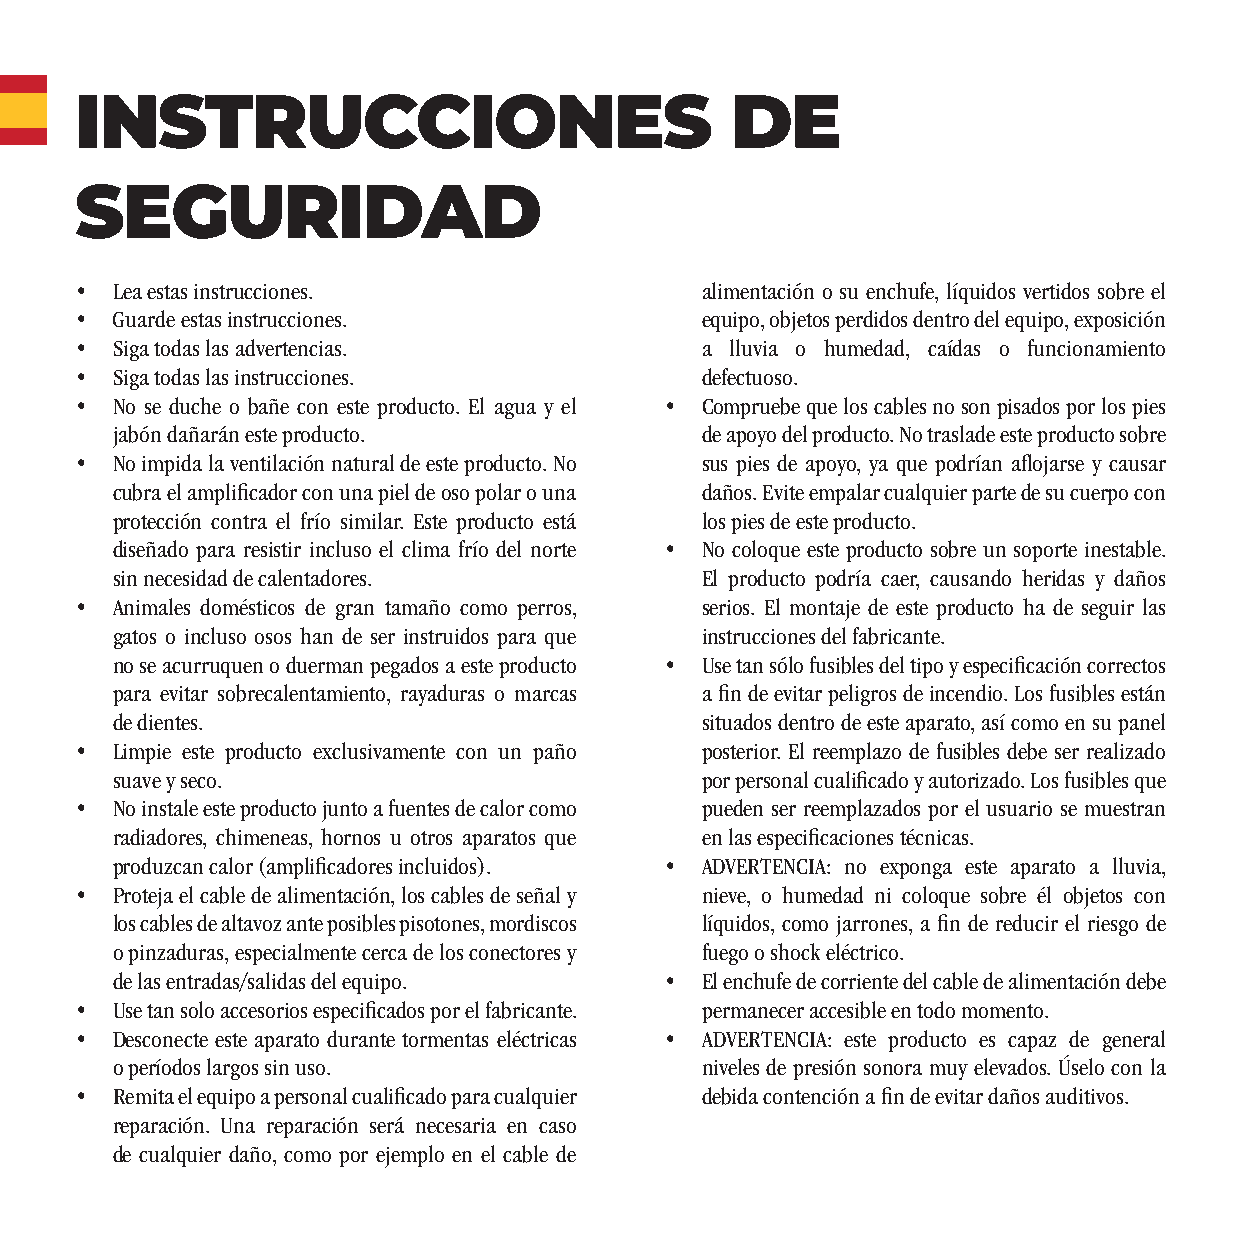
INSTRUCCIONES                              DE
 SEGURIDAD
 • Lea estas instrucciones.               alimentación o su enchufe, líquidos vertidos sobre el
 • Guarde estas instrucciones.            equipo, objetos perdidos dentro del equipo, exposición
 • Siga todas las advertencias.           a lluvia o humedad, caídas o funcionamiento
 • Siga todas las instrucciones.          defectuoso.
 • No se duche o bañe con este producto. El agua y el • Compruebe que los cables no son pisados por los pies
 jabón dañarán este producto.           de apoyo del producto. No traslade este producto sobre
 • No impida la ventilación natural de este producto. No sus pies de apoyo, ya que podrían afl ojarse y causar
 cubra el amplifi cador con una piel de oso polar o una daños. Evite empalar cualquier parte de su cuerpo con
 protección contra el frío similar. Este producto está los pies de este producto.
 diseñado para resistir incluso el clima frío del norte • No coloque este producto sobre un soporte inestable.
 sin necesidad de calentadores.         El producto podría caer, causando heridas y daños
 • Animales domésticos de gran tamaño como perros, serios. El montaje de este producto ha de seguir las
 gatos o incluso osos han de ser instruidos para que instrucciones del fabricante.
 no se acurruquen o duerman pegados a este producto • Use tan sólo fusibles del tipo y especifi cación correctos
 para evitar sobrecalentamiento, rayaduras o marcas a fi n de evitar peligros de incendio. Los fusibles están
 de dientes.                            situados dentro de este aparato, así como en su panel
 • Limpie este producto exclusivamente con un paño posterior. El reemplazo de fusibles debe ser realizado
 suave y seco.                          por personal cualifi cado y autorizado. Los fusibles que
 • No instale este producto junto a fuentes de calor como pueden ser reemplazados por el usuario se muestran
 radiadores, chimeneas, hornos u otros aparatos que en las especifi caciones técnicas.
 produzcan calor (amplifi cadores incluidos). • ADVERTENCIA: no exponga este aparato a lluvia,
 • Proteja el cable de alimentación, los cables de señal y nieve, o humedad ni coloque sobre él objetos con
 los cables de altavoz ante posibles pisotones, mordiscos líquidos, como jarrones, a fi n de reducir el riesgo de
 o pinzaduras, especialmente cerca de los conectores y fuego o shock eléctrico.
 de las entradas/salidas del equipo.  • El enchufe de corriente del cable de alimentación debe
 • Use tan solo accesorios especifi cados por el fabricante. permanecer accesible en todo momento.
 • Desconecte este aparato durante tormentas eléctricas • ADVERTENCIA: este producto es capaz de general
 o períodos largos sin uso.             niveles de presión sonora muy elevados. Úselo con la
 • Remita el equipo a personal cualifi cado para cualquier debida contención a fi n de evitar daños auditivos.
 reparación. Una reparación será necesaria en caso
 de cualquier daño, como por ejemplo en el cable de